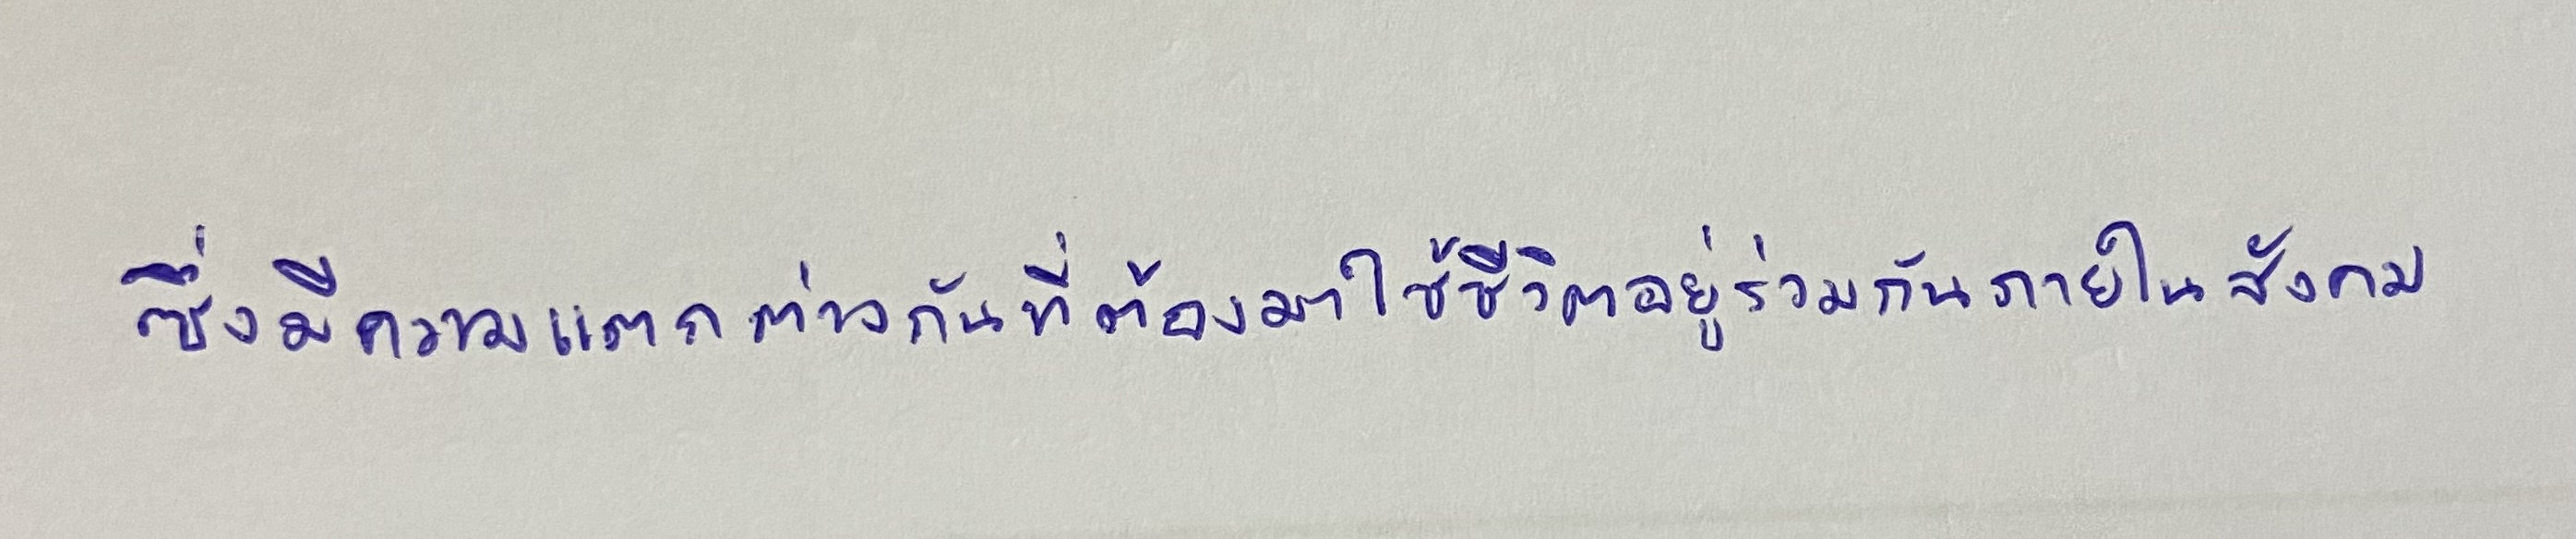
ซึ่งมีความแตกต่างกันที่ต้องมาใช้ชีวิตอยู่ร่วมกันภายในสังคม